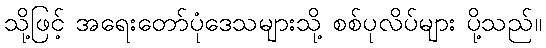
သို့ဖြင့် အရေးတော်ပုံဒေသများသို့ စစ်ပုလိပ်များ ပို့သည်။